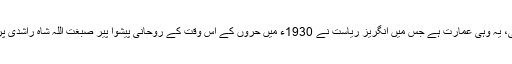
ستین جو آستھان کے بالکل سامنے پتھروں کے ٹیلے پر بنی عمارت سول کورٹ سکھر کی عمارت تھی، یہ وہی عمارت ہے جس میں انگریز ریاست نے 1930ء میں حروں کے اس وقت کے روحانی پیشوا پیر صبغت اللہ شاہ راشدی پر حبس بے جا اور غیر قانونی اسلحہ رکھنے کا مقدمہ چلا کر انہیں 10 سال قیدِ بامشقت کی سزا سنائی۔